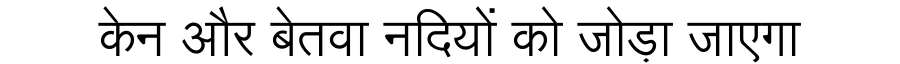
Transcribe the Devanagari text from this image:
केन और बेतवा नदियों को जोड़ा जाएगा